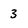
Character: 3